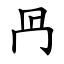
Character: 冎